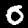
Label: 0